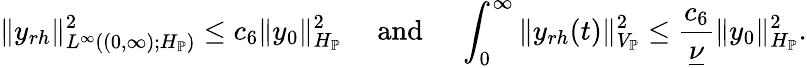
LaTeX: \| y_{rh}\| _{L^{\infty}((0,\infty);H_{\mathbb{P}})}^{2}\leq c_{6}\| y_{0}\| _{H_{\mathbb{P}}}^{2}\quad\mathrm{~and~}\quad\int_{0}^{\infty}\| y_{rh}(t)\| _{V_{\mathbb{P}}}^{2}\leq\frac{c_{6}}{\underline{{\nu}}}\| y_{0}\| _{H_{\mathbb{P}}}^{2}.